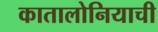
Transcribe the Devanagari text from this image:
कातालोनियाची